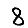
Digit: 8